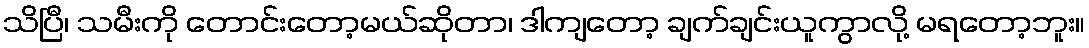
သိပြီ၊ သမီးကို တောင်းတော့မယ်ဆိုတာ၊ ဒါကျတော့ ချက်ချင်းယူကွာလို့ မရတော့ဘူး။